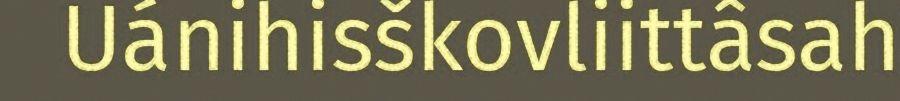
Uánihisškovliittâsah